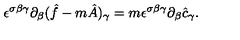
\epsilon ^ { \sigma \beta \gamma } \partial _ { \beta } ( \hat { f } - m \hat { A } ) _ { \gamma } = m \epsilon ^ { \sigma \beta \gamma } \partial _ { \beta } \hat { c } _ { \gamma } .